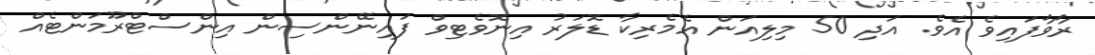
ރާވާފައިވެ އެވެ. އަދި 50 މިލިއަން އެމެރިކާ ޑޮލަރު އިނޮވެޓިވް ފައިނޭންސިން އިންސްޓްރޫމަންޓެއް